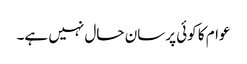
عوام کا کوئی پرسان حال نہیں ہے۔